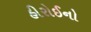
હીરોઈનો